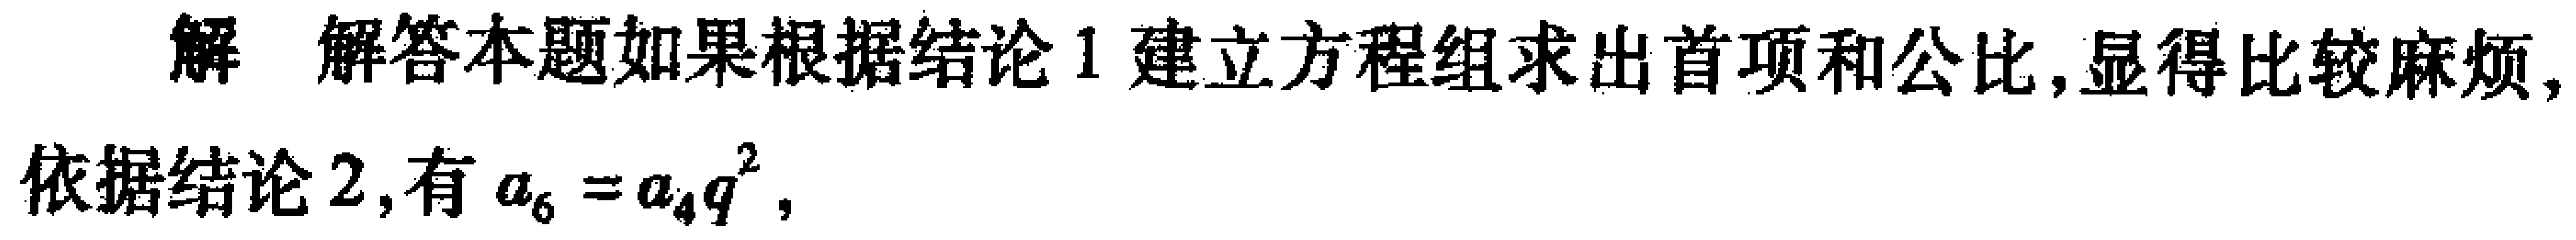
解 解答本题如果根据结论 1 建立方程组求出首项和公比,显得比较麻烦, 依据结论 2,有 \(a_{6}=a_{4}q^{2}\),